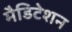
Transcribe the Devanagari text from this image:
मैडिटेशन